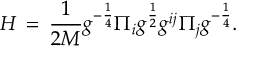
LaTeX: H \, = \, \frac { 1 } { 2 M } g ^ { - \frac { 1 } { 4 } } \Pi _ { i } g ^ { \frac { 1 } { 2 } } g ^ { i j } \Pi _ { j } g ^ { - \frac { 1 } { 4 } } .